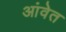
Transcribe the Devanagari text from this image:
आंवेत